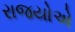
રાજયોએ